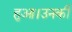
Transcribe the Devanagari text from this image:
हुआ।उनकी